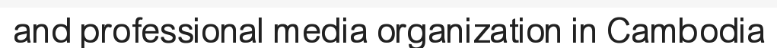
and professional media organization in Cambodia